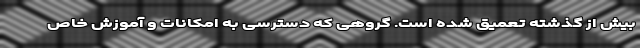
بیش از گذشته تعمیق شده است. گروهی که دسترسی به امکانات و آموزش خاص